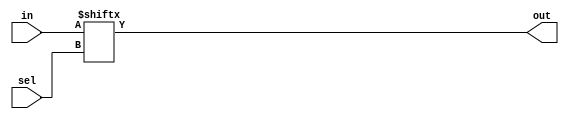
// Design a full-adder using suitable multiplexer.

/*
Truth Table
a,b,bin:sum,carry
0,0,0  : 0 , 0
0,0,1  : 1 , 0
0,1,0  : 1 , 0
0,1,1  : 0 , 1
1,0,0  : 1 , 0
1,0,1  : 0 , 1
1,1,0  : 0 , 1
1,1,1  : 1 , 1

*/
module mux_8(output out,
             input [7:0] in,
             input [2:0] sel);

assign out = in[sel];
endmodule

module fulladder(output sum, carry,
                 input a,b,cin);

mux_8 m0(sum, {1'b0,1'b1,1'b1,1'b0,1'b1,1'b0,1'b0,1'b1}, {a,b,cin});
mux_8 m1(carry, {1'b0,1'b0,1'b0,1'b1,1'b0,1'b1,1'b1,1'b1}, {a,b,cin});

endmodule